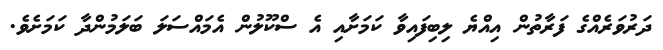
ދަރުވަރެއްގެ ފަރާތުން އިއްޔެ ލިބިފައިވާ ކަމަށާއި އެ ސްކޫލުން އެމައްސަަލަ ބަލަމުންދާ ކަމަށެވެ.